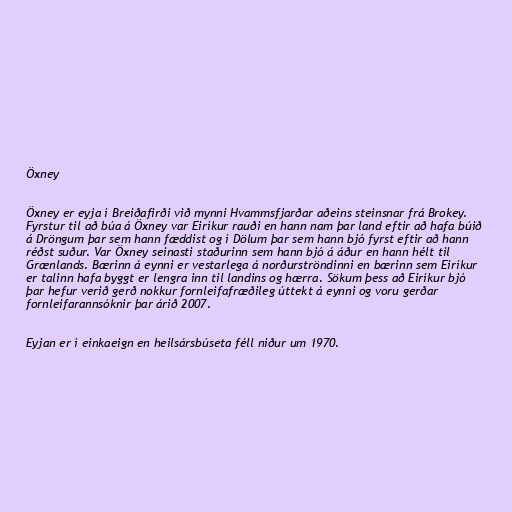
Öxney

Öxney er eyja í Breiðafirði við mynni Hvammsfjarðar aðeins steinsnar frá Brokey.
Fyrstur til að búa á Öxney var Eiríkur rauði en hann nam þar land eftir að hafa búið
á Dröngum þar sem hann fæddist og í Dölum þar sem hann bjó fyrst eftir að hann
réðst suður. Var Öxney seinasti staðurinn sem hann bjó á áður en hann hélt til
Grænlands. Bærinn á eynni er vestarlega á norðurströndinni en bærinn sem Eiríkur
er talinn hafa byggt er lengra inn til landins og hærra. Sökum þess að Eiríkur bjó
þar hefur verið gerð nokkur fornleifafræðileg úttekt á eynni og voru gerðar
fornleifarannsóknir þar árið 2007.

Eyjan er í einkaeign en heilsársbúseta féll niður um 1970.